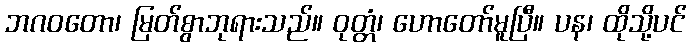
ဘဂဝတော၊ မြတ်စွာဘုရားသည်။ ဝုတ္တံ၊ ဟောတော်မူပြီ။ ပန၊ ထိုသို့ပင်